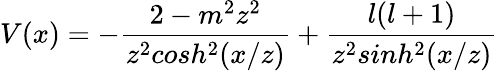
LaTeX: V(x)=-\frac{2-m^{2}z^{2}}{z^{2}cosh^{2}(x/z)}+\frac{l(l+1)}{z^{2}sinh^{2}(x/z)}